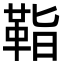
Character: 𩊝